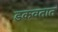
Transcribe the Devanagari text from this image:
डकवतात